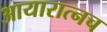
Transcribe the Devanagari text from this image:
आयारात्नच